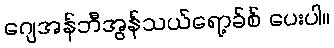
ဂျေအန်ဘီအွန်သယ်ရော့ခ်စ် ပေးပါ။